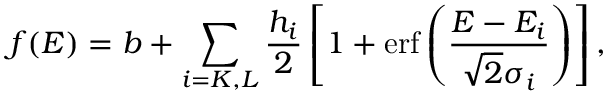
f ( E ) = b + \sum _ { i = K , L } \frac { h _ { i } } { 2 } \left[ 1 + \mathrm { e r f } \left( \frac { E - E _ { i } } { \sqrt { 2 } \sigma _ { i } } \right) \right] ,